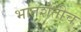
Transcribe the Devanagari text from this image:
भातशेतीच